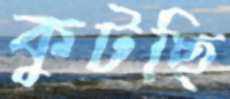
কুটছি